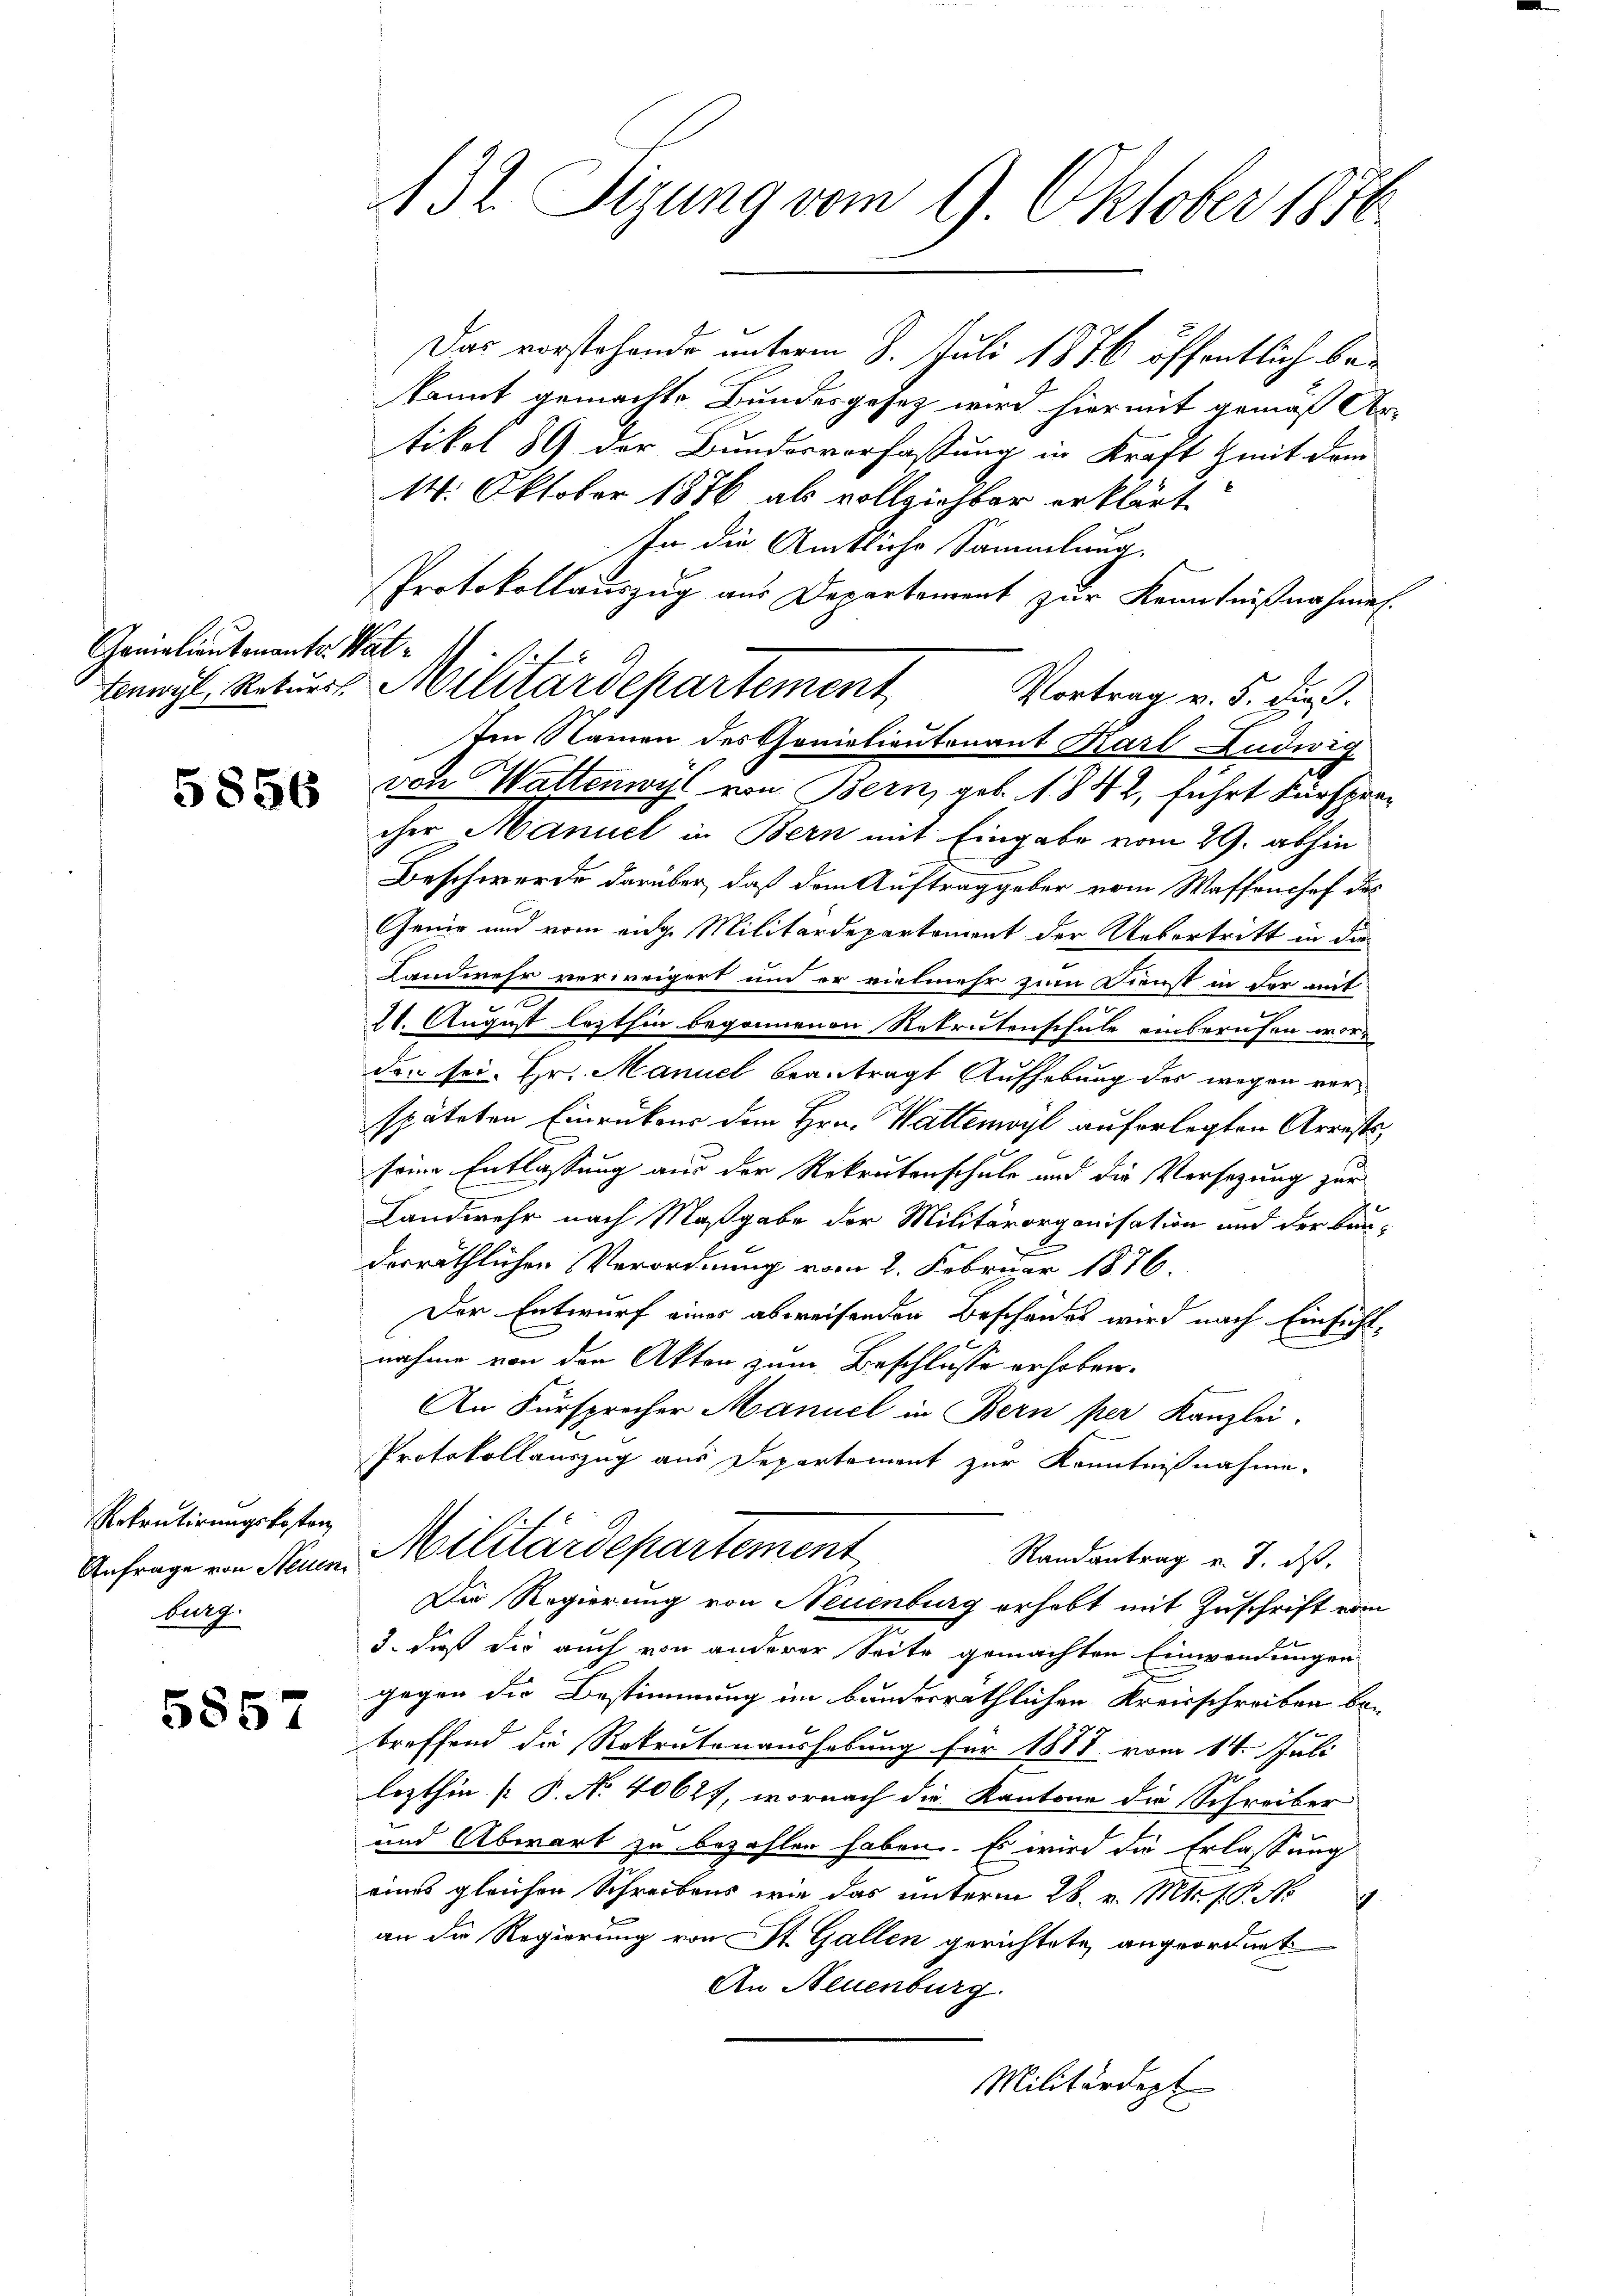
Ganialientenante Wat¬

5856

Rekrutirungskosten
Anfrage von Neuen
burg.

5857

132 Sizung vom 9. Oktober 1870

Das vorstehende unterm 8. Juli 1876 öffentlich bekannt gemachte Bundesgesetz wird hiermit gemäß Ar-
tikel 89 der Bundesverfassung in Kraft mit dem
14. Oktober 1876 als vollziehter erklärt
In die Amtliche Sammlung.
Protokollauszug aus Departement zur Kenntnißnahmen.
Vortrag v. 5. die
von Wattenwyl von Bern, geb. 1842, führt Fürsprecher Manuel in Bern mit Eingabe vom 29. abhin
Beschwerde darüber, daß dem Auftrag geber vom Waffenchef des
Genie und vom eige Militärdepartement der Uebertritt in da
Landwehr verweigert um er vielmehr zum Dienst in der mit
21. August lezthin begonnenen Rekrutenschule einberufen worder sei. Hr. Manuel beantragt Aufhebung des wegen verspäteten Einrükens dem Hrn. Wattenwyl auferlegten Arrests,
seine Entlassung aus der Rekrutenschule und die Versezung zur
Landwehr nach Maßgabe der Militärorganisation und der kan-
derräthlichen Verordnung vom 2. Februar 1876.
Der Entwurf eines abweisenden Beschendes wird nach Einfühlnahme von den Akten zum Beschlusse erhoben.
An Fürsprecher Manuel in Bern per Kanzlei.
Protokollauszug aus Departement zur Kenntnißnahme.
Militärdepartement
Randantrag v. J. ds.
Die Regierung von Neuenburg erhebt mit Zuschrift vom
3. dieß die auch von anderer Seite gemachten Einwendungen
gegen die Bestimmung im bundesräthlichen Kreisschreiben betreffend die Rekrutenaushebung für 1818. vom 14. Juli
lezthin (: P. Nr. 40627, wornach die Kantone die Schreiber
und Abwart zu bezahlen haben. Es wird die Erlassung
eines gleichen Schreibens wie das unterm 28. v. Mts. f. P. No
an die Regierung von St. Gallen gerichtete angeordnet
An Neuenburg.
Militärdept
.

bunzl, Rekurs Militärdepartement
Im Namen des Gonialieutenant Karl Ludwig